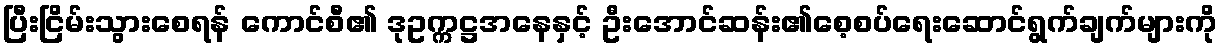
ပြီးငြိမ်းသွားစေရန် ကောင်စီ၏ ဒုဥက္ကဋ္ဌအနေနှင့် ဦးအောင်ဆန်း၏စေ့စပ်ရေးဆောင်ရွက်ချက်များကို